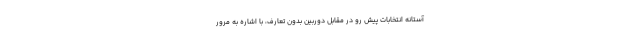
آستانه انتخابات پیش رو در مقابل دوربین بدون تعارف، با اشاره به مرور